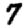
Digit: 7